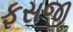
ફસજી